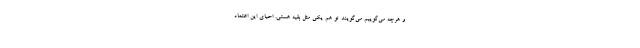
و هرچه می‌گوییم می‌گویند تو هم یکی مثل بقیه هستی. احیای این اعتماد